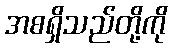
အစရှိသည်တို့ကို